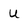
Character: u